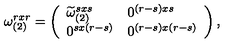
\omega _ { ( 2 ) } ^ { r x r } = \left( \begin{array} { l l } { \widetilde { \omega } _ { ( 2 ) } ^ { s x s } } &